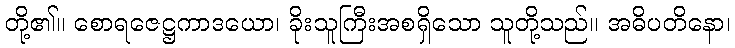
တို့၏။ စောရဇေဋ္ဌကာဒယော၊ ခိုးသူကြီးအစရှိသော သူတို့သည်။ အဓိပတိနော၊